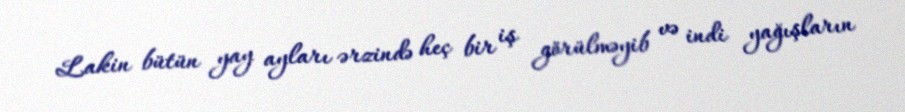
Lakin bütün yay ayları ərzində heç bir iş görülməyib və indi yağışların